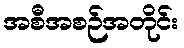
အစီအစဉ်အတိုင်း